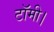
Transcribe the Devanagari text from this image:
टॉमी।